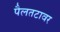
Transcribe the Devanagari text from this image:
पैलतटावर